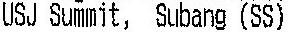
USJ SUMMIT, SUBANG (SS)